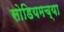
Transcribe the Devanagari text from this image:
सोडियमच्या